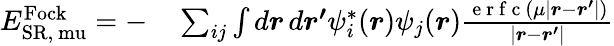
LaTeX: \begin{array}{rl}{E_{\mathrm{{SR},\ mu}}^{\mathrm{Fock}}=-}&{{}\sum_{ij}\int d\boldsymbol{r}\, d\boldsymbol{r^{\prime}}\psi_{i}^{*}(\boldsymbol{r})\psi_{j}(\boldsymbol{r})\frac{\mathrm{~e~r~f~c~}(\mu\left|\boldsymbol{r}-\boldsymbol{r^{\prime}}\right|)}{\left|\boldsymbol{r}-\boldsymbol{r^{\prime}}\right|}}\end{array}